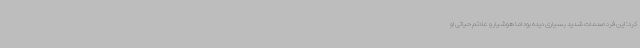
کرد: این فرد صدمات شدید بسیاری دیده بود اما هوشیار و علائم حیاتی او